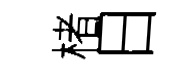
楮日